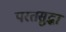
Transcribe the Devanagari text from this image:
परतसुद्धा